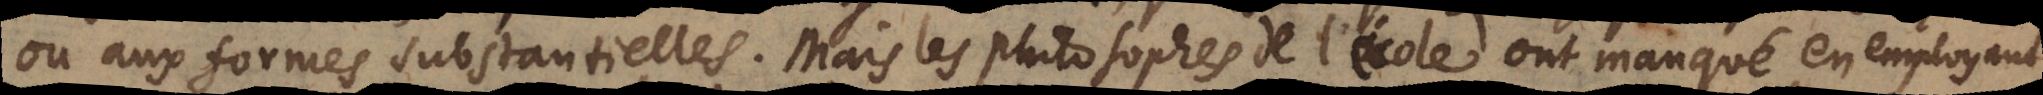
ou aux formes substantielles. Mais les Philosophes de l’école ont manqué en employant